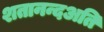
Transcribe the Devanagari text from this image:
शतानन्दअति